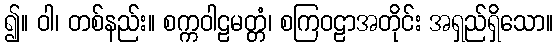
၍။ ဝါ၊ တစ်နည်း။ စက္ကဝါဠမတ္တံ၊ စကြဝဠာအတိုင်း အရှည်ရှိသော။